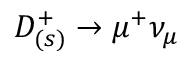
D _ { ( s ) } ^ { + } \to \mu ^ { + } \nu _ { \mu }